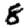
Digit: 8